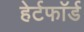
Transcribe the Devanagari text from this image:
हेर्टफाॅर्ड